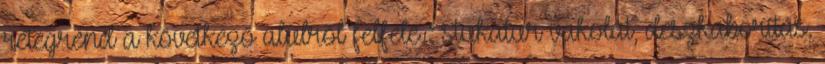
rétegrend a következő alulról felfelé : stukatur vakolat, deszkaborítás,